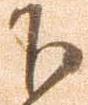
下